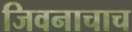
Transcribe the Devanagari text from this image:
जिवनाचाच